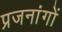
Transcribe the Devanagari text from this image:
प्रजनांगों